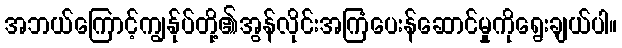
အဘယ်ကြောင့်ကျွန်ုပ်တို့၏အွန်လိုင်းအကြံပေးန်ဆောင်မှုကိုရွေးချယ်ပါ။